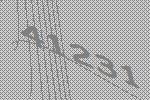
41231